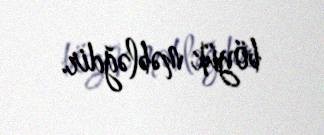
böyük məbləğdir.